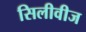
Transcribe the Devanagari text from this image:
सिलीवीज